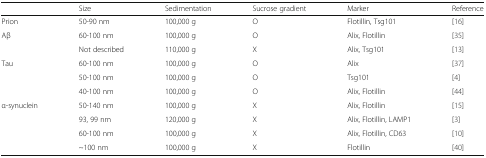
<table><thead><tr><td></td><td><b>Size</b></td><td><b>Sedimentation</b></td><td><b>Sucrose gradient</b></td><td><b>Marker</b></td><td><b>Reference</b></td></tr></thead><tbody><tr><td>Prion</td><td>50-90 nm</td><td>100,000 g</td><td>O</td><td>Flotillin, Tsg101</td><td>[16]</td></tr><tr><td>Aβ</td><td>60-100 nm</td><td>100,000 g</td><td>O</td><td>Alix, Flotillin</td><td>[35]</td></tr><tr><td></td><td>Not described</td><td>110,000 g</td><td>X</td><td>Alix, Tsg101</td><td>[13]</td></tr><tr><td>Tau</td><td>60-100 nm</td><td>100,000 g</td><td>O</td><td>Alix</td><td>[37]</td></tr><tr><td></td><td>50-100 nm</td><td>100,000 g</td><td>O</td><td>Tsg101</td><td>[4]</td></tr><tr><td></td><td>40-100 nm</td><td>100,000 g</td><td>O</td><td>Alix, Flotillin</td><td>[44]</td></tr><tr><td>α-synuclein</td><td>50-140 nm</td><td>100,000 g</td><td>X</td><td>Alix, Flotillin</td><td>[15]</td></tr><tr><td></td><td>93, 99 nm</td><td>120,000 g</td><td>X</td><td>Alix, Flotillin, LAMP1</td><td>[3]</td></tr><tr><td></td><td>60-100 nm</td><td>100,000 g</td><td>X</td><td>Alix, Flotillin, CD63</td><td>[10]</td></tr><tr><td></td><td>~100 nm</td><td>100,000 g</td><td>X</td><td>Flotillin</td><td>[40]</td></tr></tbody></table>